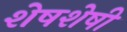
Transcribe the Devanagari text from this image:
शेषशेषी